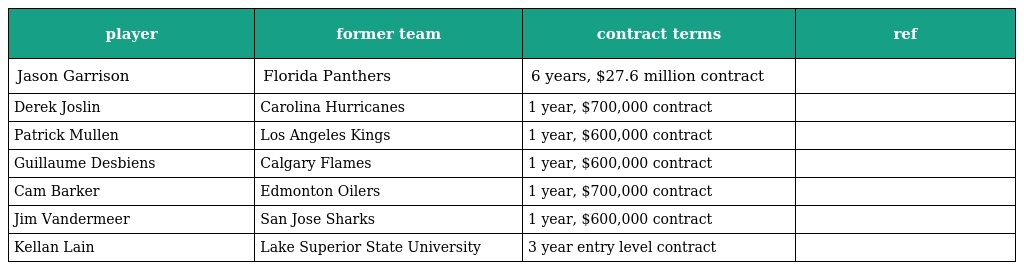
| player | former team | contract terms | ref |
 | --- | --- | --- | --- |
 | Jason Garrison | Florida Panthers | 6 years, $27.6 million contract |  |
 | Derek Joslin | Carolina Hurricanes | 1 year, $700,000 contract |  |
 | Patrick Mullen | Los Angeles Kings | 1 year, $600,000 contract |  |
 | Guillaume Desbiens | Calgary Flames | 1 year, $600,000 contract |  |
 | Cam Barker | Edmonton Oilers | 1 year, $700,000 contract |  |
 | Jim Vandermeer | San Jose Sharks | 1 year, $600,000 contract |  |
 | Kellan Lain | Lake Superior State University | 3 year entry level contract |  |